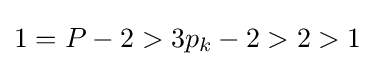
1=P-2>3p_{k}-2>2>1